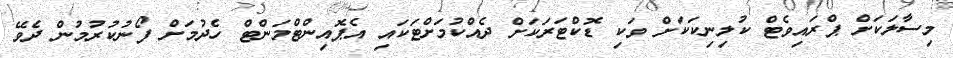
މިސާލަކަށް ޕްރައިވެޓް ކުލިނިކަކަށް ވަކި ޑޮކްޓަރަކަށް ދެއްކުމަށްޓަކައި އެޕޮއިންޓްމަންޓް ހެދުމަށް ފޯނުކުރުމުން ދެވޭ